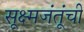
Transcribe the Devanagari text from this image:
सूक्ष्मजंतूंची